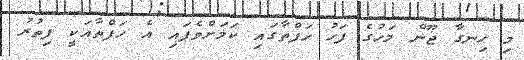
މި ހިނގާ ޖޫން މަހުގެ ފަހު ހަފްތާގައި ކަމަށްވެފައި އެ ހަފްތާއަކީ ފިތުރު